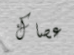
عصاك